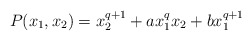
\begin{align*}P(x_1,x_2)=x_2^{q+1}+ax_1^qx_2+bx_1^{q+1}\end{align*}